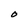
Character: O